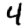
Digit: 4